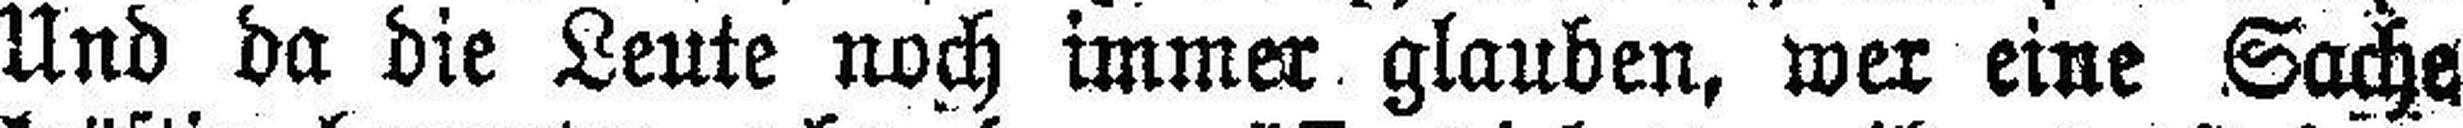
Und da die Leute noch immer glauben, wer eine Sache